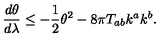
\frac { d \theta } { d \lambda } \leq - \frac { 1 } { 2 } \theta ^ { 2 } - 8 \pi T _ { a b } k ^ { a } k ^ { b } .